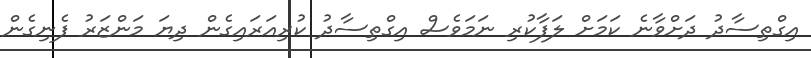
އިގްތިސާދު ދަށްވާނެ ކަމަށް ލަފާކުރި ނަމަވެސް އިގްތިސާދު ކުރިއަރައިގެން ދިޔަ މަންޒަރު ފެނިގެން